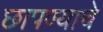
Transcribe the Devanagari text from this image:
छापण्याचे